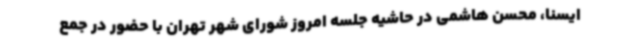
ایسنا، محسن هاشمی در حاشیه جلسه امروز شورای شهر تهران با حضور در جمع